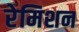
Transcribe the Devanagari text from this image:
रेमिशन